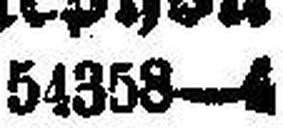
54358—4